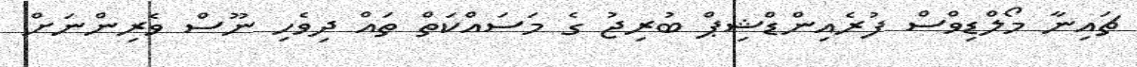
ޗައިނާ މޯލްޑިވްސް ފުރެއިންޑްޝިޕް ބުރިޖު ގެ މަސައްކަތް ތައް ދިވެހި ނޫސް ވެރިންނަށް